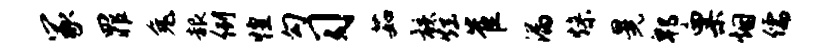
冢罪兔赧例惶勾习茹骸炫崔漏燥晃郫粟烟儒